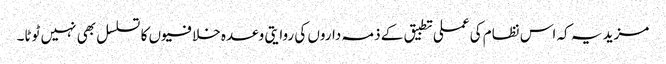
مزید یہ کہ اس نظام کی عملی تطبیق کے ذمہ داروں کی روایتی وعدہ خلافیوں کا تسلسل بھی نہیں ٹوٹا۔